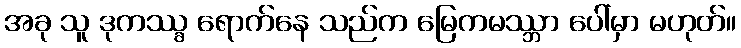
အခု သူ ဒုကဿ္ခ ရောက်နေ သည်က မြေကမဿ္ဘာ ပေါ်မှာ မဟုတ်။